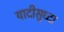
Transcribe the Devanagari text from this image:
यादीसुध्दा